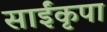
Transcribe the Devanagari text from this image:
साईंकृपा